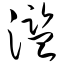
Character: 滥